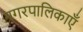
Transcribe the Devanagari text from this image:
नगरपालिकाएँ